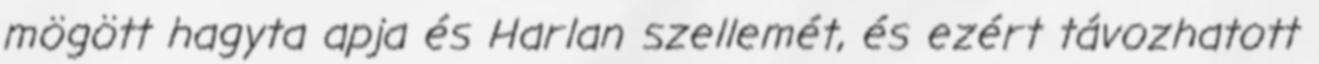
mögött hagyta apja és Harlan szellemét, és ezért távozhatott